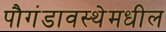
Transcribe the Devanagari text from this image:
पौगंडावस्थेमधील